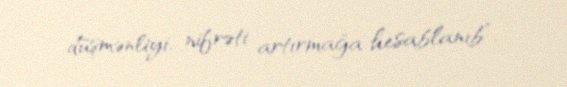
düşmənliyi, nifrəti artırmağa hesablanıb”.